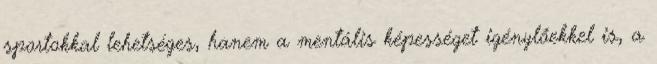
sportokkal lehetséges, hanem a mentális képességet igénylőekkel is, a